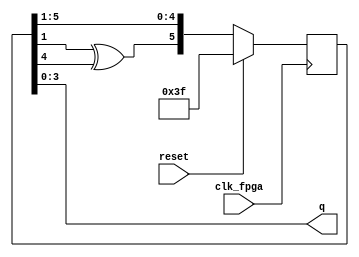
`timescale 1ns / 1ps
//////////////////////////////////////////////////////////////////////////////////
// Company: 
// Engineer: 
// 
// Design Name: 
// Module Name: lfsr
// Project Name: 
// Target Devices: 
// Tool Versions: 
// Description: 
// 
// Dependencies: 
// 
// Revision:
// Revision 0.01 - File Created
// Additional Comments:
// 
//////////////////////////////////////////////////////////////////////////////////


module lfsr(
    input clk_fpga,
	input reset,
	output [3:0] q
	// for a more detailed simulation uncomment the following: 
	// , input delivery,
	// output dotball,single, double, triple, fours, sixes, wideball,noball,wicket
	);

	reg [5:0] shift;  
	wire xor_sum;	
	assign xor_sum = shift[1] ^ shift[4]; // feedback taps

	always @ (posedge clk_fpga) begin	   
	   if(reset)
	       shift <= 6'b111111;
	   else 
	       shift <= {xor_sum, shift[5:1]}; // shift right
	end
	
	assign q = shift[3:0]; // output of LFSR 
	
//	// for a more detailed simulation, uncomment the following:
//	assign dotball = delivery & ((shift[3:0] == 0) | (shift[3:0] == 1) | (shift[3:0] == 2)); 
//	assign single = delivery & ((shift[3:0] == 3) | ( shift[3:0] == 4) | (shift[3:0] == 5) | (shift[3:0] == 6));
//	assign double = delivery & ((shift[3:0] == 7) | ( shift[3:0] == 8) | (shift[3:0] == 9));
//	assign triple = delivery & (shift[3:0] == 10);
//	assign fours = delivery &  (shift[3:0] == 11);
//	assign sixes = delivery & (shift[3:0] == 12);
//	assign wideball = delivery & (shift[3:0] == 13);
//	assign noball = delivery & (shift[3:0] == 14);
//	assign wicket = delivery &  (shift[3:0] == 15);	  
	
endmodule